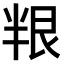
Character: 𠦯